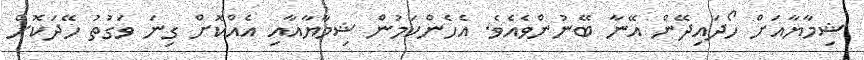
ޝިމާޔާއަށް ހޯދައިދޭން އޭނާ ބޭނުންވެއެވެ. އެހެންކަމުން ޝިމާޔާއާއި އެއްކޮށް ގިނަ ވަގުތު ހޭދަކޮށް